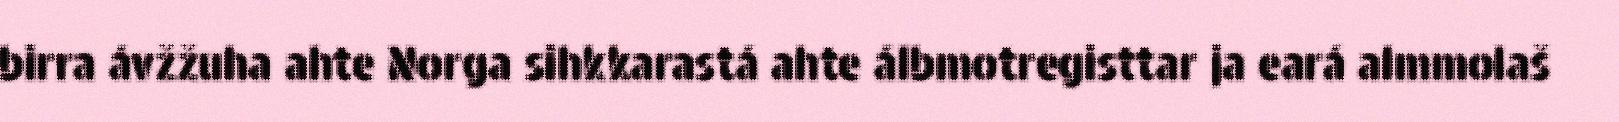
birra ávžžuha ahte Norga sihkkarastá ahte álbmotregisttar ja eará almmolaš